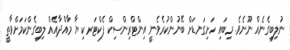
ނުލިބިގެނެއް ނޫނެވެ. މިބައި ހަށިގަނޑަށް ބޭނުންކުރެވެނީ އިންޓްރިންސިކް ފެކްޓަރ ކިޔާ މާއްދާއެއް ލިބިގެންކަމަށްވާތީ